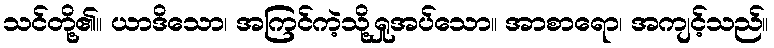
သင်တို့၏။ ယာဒိသော၊ အကြင်ကဲ့သို့ရှုအပ်သော။ အာစာရော၊ အကျင့်သည်။